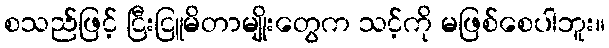
စသည်ဖြင့် ငြီးငြူမိတာမျိုးတွေက သင့်ကို မဖြစ်စေပါဘူး။